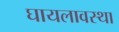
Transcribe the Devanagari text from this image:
घायलावस्था